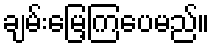
ချမ်းမြေ့ကြပေမည်။